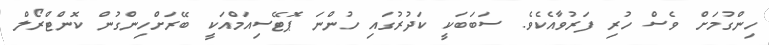
ހިންގުމަށް ވެސް ހުރި ފަރުވާއެކެވެ. ސަބަބަކީ ކަދުރުގައި ހުންނަ ޕޮޓޭސިއަމްއަކީ ބޭރަށްހިންގުން ކޮންޓްރޯލް